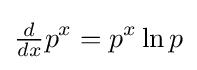
{\tfrac {d}{dx}}p^{x}=p^{x}\ln p